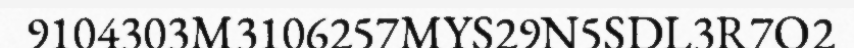
9104303M3106257MYS29N5SDL3R7O2